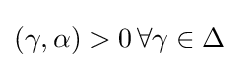
(\gamma ,\alpha )>0\,\forall \gamma \in \Delta